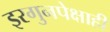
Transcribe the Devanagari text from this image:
इरगुनपेक्षाही